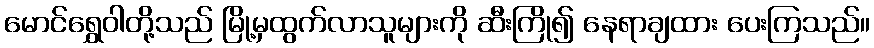
မောင်ရွှေဝါတို့သည် မြို့မှထွက်လာသူများကို ဆီးကြို၍ နေရာချထား ပေးကြသည်။